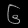
Digit: ၆